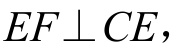
\(EF\perp CE\)